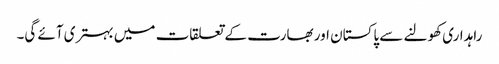
راہداری کھولنے سے پاکستان اور بھارت کے تعلقات میں بہتری آئے گی۔